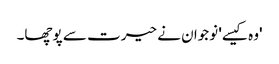
'وہ کیسے' نوجوان نے حیرت سے پوچھا۔